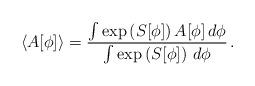
LaTeX: \begin{align*}\langle A[\phi] \rangle = \frac{\int\exp\left(S[\phi]\right)A[\phi]\,d\phi}{\int\exp\left(S[\phi]\right)\,d\phi}\,.\end{align*}